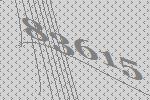
83615